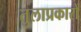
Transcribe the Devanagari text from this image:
तुलाप्रकारों